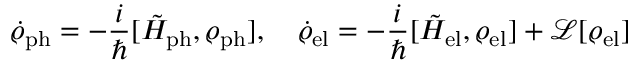
\dot { \varrho } _ { \mathrm { p h } } = - \frac { i } { \hbar } [ \tilde { H } _ { \mathrm { p h } } , \varrho _ { \mathrm { p h } } ] , \quad \dot { \varrho } _ { \mathrm { e l } } = - \frac { i } { \hbar } [ \tilde { H } _ { \mathrm { e l } } , \varrho _ { \mathrm { e l } } ] + \mathcal { L } [ \varrho _ { \mathrm { e l } } ]